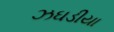
ઝઘડીયા